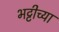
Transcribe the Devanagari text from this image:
भट्टीच्या